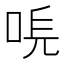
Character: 𠳠